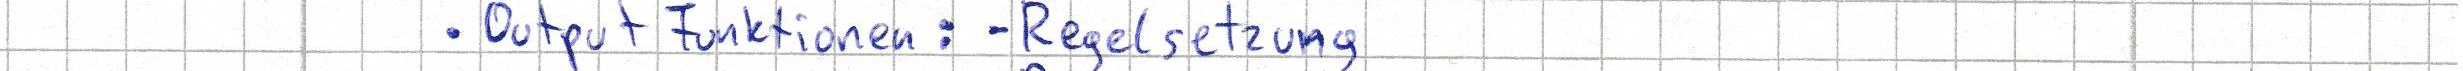
- Output Funktionen: -  Regelsetzung